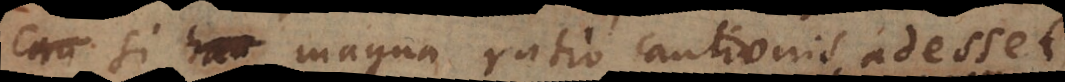
Itaque si magna ratio cautionis adesset,,